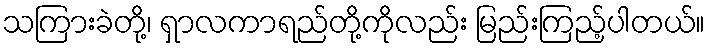
သကြားခဲတို့၊ ရှာလကာရည်တို့ကိုလည်း မြည်းကြည့်ပါတယ်။